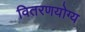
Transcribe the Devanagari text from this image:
वितरणयोग्य